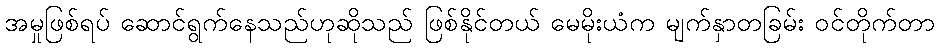
အမှုဖြစ်ရပ် ဆောင်ရွက်နေသည်ဟုဆိုသည် ဖြစ်နိုင်တယ် မေမိုးယံက မျက်နှာတခြမ်း ဝင်တိုက်တာ